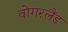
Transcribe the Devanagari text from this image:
वोगरलैंड